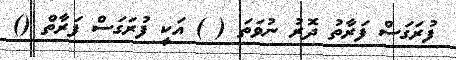
ފުރަގަސް ފަރާތު ދޮރު ނުވަތަ ( ) އަކީ ފުރަގަސް ފަރާތް ()